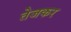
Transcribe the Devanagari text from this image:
तेजकर